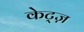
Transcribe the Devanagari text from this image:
केट्ज़